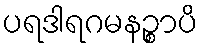
ပရဒါရဂမနဉ္စာပိ